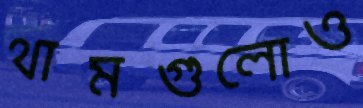
থামগুলোও